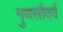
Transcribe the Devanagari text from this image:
गुणसौंदर्य